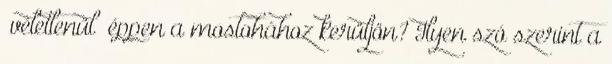
“véletlenül” éppen a mostohához kerüljön? Ilyen szó szerint a